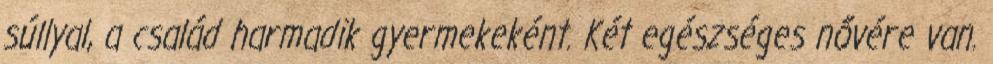
súllyal, a család harmadik gyermekeként. Két egészséges nővére van.